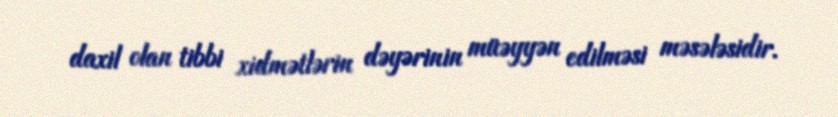
daxil olan tibbi xidmətlərin dəyərinin müəyyən edilməsi məsələsidir.